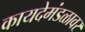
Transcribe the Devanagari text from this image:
कायदेमंडळावर